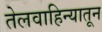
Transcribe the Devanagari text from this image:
तेलवाहिन्यातून